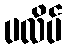
ပလိပ်